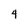
Character: 4